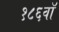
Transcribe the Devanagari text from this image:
१८६वॉ